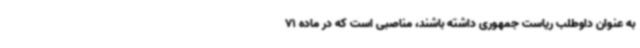
به‌ عنوان داوطلب ریاست جمهوری داشته باشند، مناصبی است که در ماده 71